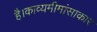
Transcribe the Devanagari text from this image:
है।काव्यमीमांसाकार